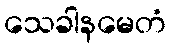
သေခါနမေတံ